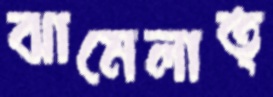
ঝামেলাত্